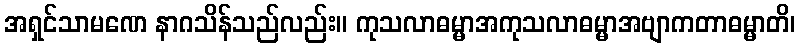
အရှင်သာမဏေ နာဂသိန်သည်လည်း။ ကုသလာဓမ္မာအကုသလာဓမ္မာအဗျာကတာဓမ္မာတိ၊